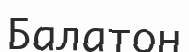
Балатон